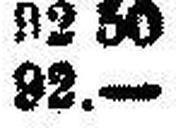
92.—